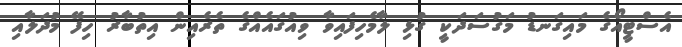
އެސްޓީއޯގެ މައިގަނޑު މަގުސަދަކީ ގުޅި ލާމެހިފައިވާ ވިއުގައެއްގެ ތެރެއިން އިތުބާރު ހިފޭ މުދަލާއި